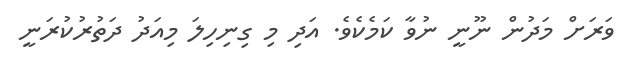
ވަރަށް މަދުން ނޫނީ ނުވާ ކަމެކެވެ. އަދި މި ގިނިހިލަ މިއަދު ދަތުރުކުރަނީ